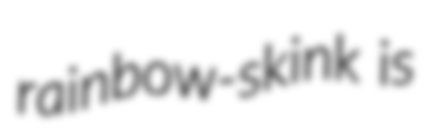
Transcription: rainbow-skink is